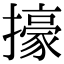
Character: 㩝